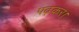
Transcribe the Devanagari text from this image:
पढ़कर।